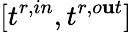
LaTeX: [t^{r,in},t^{r,o\mathbf{u}t}]